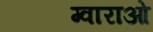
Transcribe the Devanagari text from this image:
ग्वाराओ